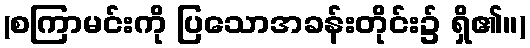
(စကြာမင်းကို ပြသောအခန်းတိုင်း၌ ရှိ၏။)